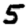
Digit: 5